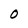
Character: O